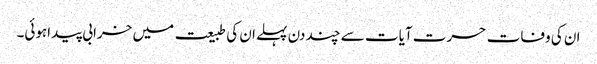
ان کی وفات حسرت آیات سے چند دن پہلے ان کی طبیعت میں خرابی پیداہوئی۔